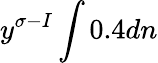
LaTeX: y^{\sigma-I}\int 0.4dn